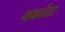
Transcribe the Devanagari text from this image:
मर्काला